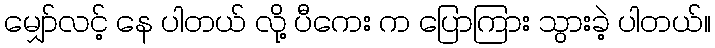
မျှော်လင့် နေ ပါတယ် လို့ ပီကေး က ပြောကြား သွားခဲ့ ပါတယ်။